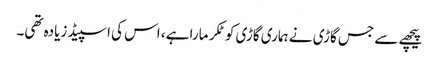
پیچھے سے جس گاڑی نے ہماری گاڑی کو ٹکر مارا ہے، اس کی اسپیڈ زیادہ تھی۔